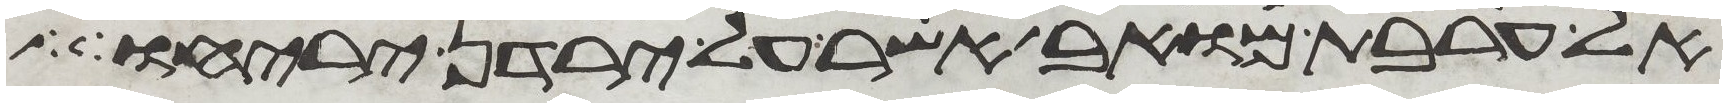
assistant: אל ערבת מואב אשר על ירדן יריחו